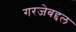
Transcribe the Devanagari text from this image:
गरजेबद्दल